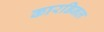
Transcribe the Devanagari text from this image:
कारडिनल